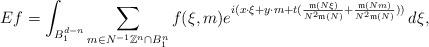
LaTeX: \begin{align*} Ef=\int_{B_1^{d-n}} \sum_{m\in N^{-1}\mathbb{Z}^n \cap B_1^{n}} f(\xi,m) e^{i(x\cdot \xi+y\cdot m+t(\frac{\mathfrak{m}(N\xi)}{N^2 \mathfrak{m}(N)}+\frac{\mathfrak{m}(Nm)}{N^2 \mathfrak{m}(N)}))} \, d\xi,\end{align*}